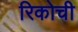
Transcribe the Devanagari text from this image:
रिकोची